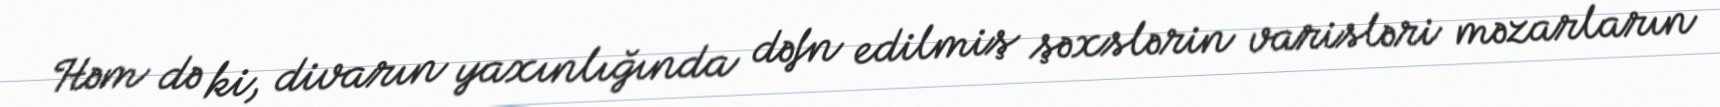
Həm də ki, divarın yaxınlığında dəfn edilmiş şəxslərin varisləri məzarların